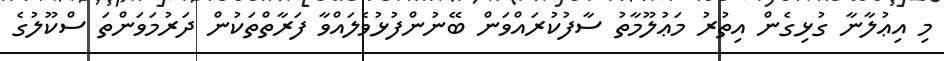
މި އިޢުލާނާ ގުޅިގެން އިތުރު މަޢުލޫމާތު ސާފުކުރައްވަން ބޭނުންފުޅުވެލައްވާ ފަރާތްތަކުން ދަރުމަވަންތަ ސްކޫލުގެ